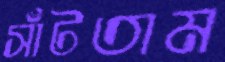
সাঁটতাম